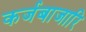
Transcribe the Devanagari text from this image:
कर्जबाजारि